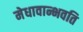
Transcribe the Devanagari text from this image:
मेधावान्भवति